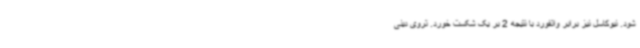
شود. نیوکاسل نیز برابر واتفورد با نتیجه 2 بر یک شکست خورد. تروی دینی